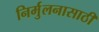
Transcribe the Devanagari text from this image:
निर्मुलनासाठी